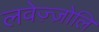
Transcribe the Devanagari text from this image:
लवेज़्ज़ोलि